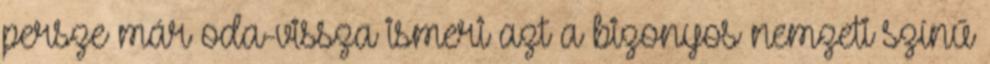
persze már oda-vissza ismeri azt a bizonyos nemzeti színű